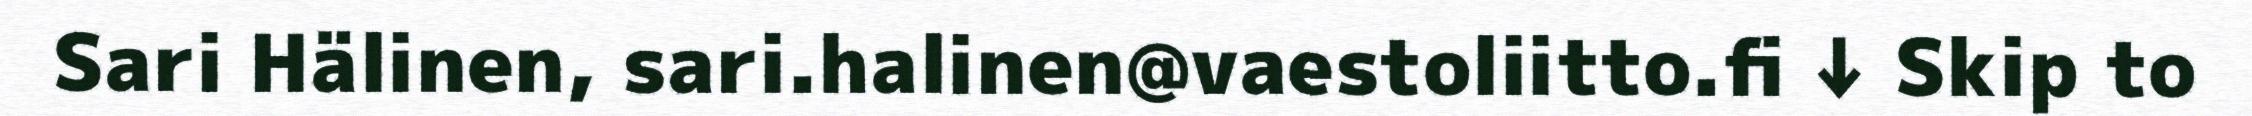
Sari Hälinen, sari.halinen@vaestoliitto.fi ↓ Skip to